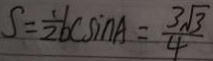
S = \frac { 1 } { 2 } b c \sin A = \frac { 3 \sqrt { 3 } } { 4 }